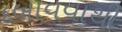
દબાવવાથી